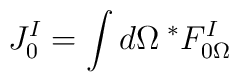
J^I_0 = \int d\Omega \> {}^*F^I_{0 \Omega}